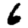
Digit: 6